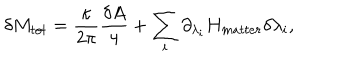
\delta M _ { t o t } = { \frac { \kappa } { 2 \pi } } { \frac { \delta A } { 4 } } + \sum _ { i } \partial _ { \lambda _ { i } } H _ { m a t t e r } \delta \lambda _ { i } ,